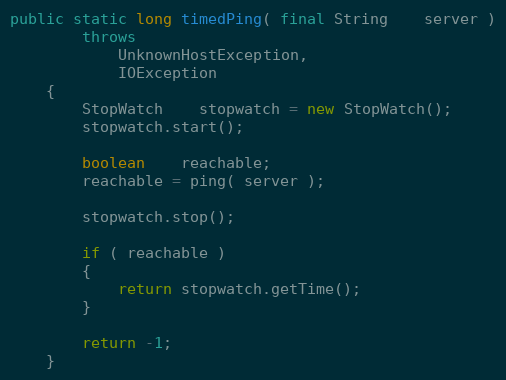
Language: Java
public static long timedPing( final String    server )
        throws
            UnknownHostException,
            IOException
    {
        StopWatch    stopwatch = new StopWatch();
        stopwatch.start();

        boolean    reachable;
        reachable = ping( server );

        stopwatch.stop();

        if ( reachable )
        {
            return stopwatch.getTime();
        }

        return -1;
    }